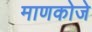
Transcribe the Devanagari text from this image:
माणकोजे